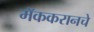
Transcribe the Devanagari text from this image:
मॅककरानचे